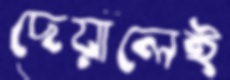
দেয়ালেই